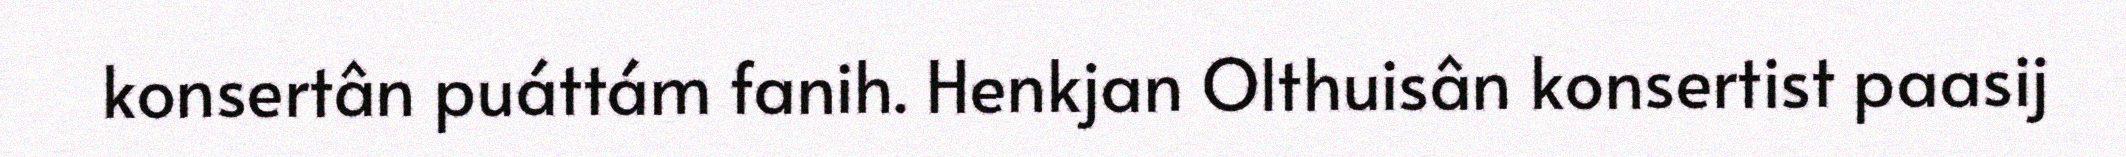
konsertân puáttám fanih. Henkjan Olthuisân konsertist paasij